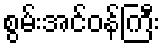
စွမ်းအင်ဝန်ကြီး